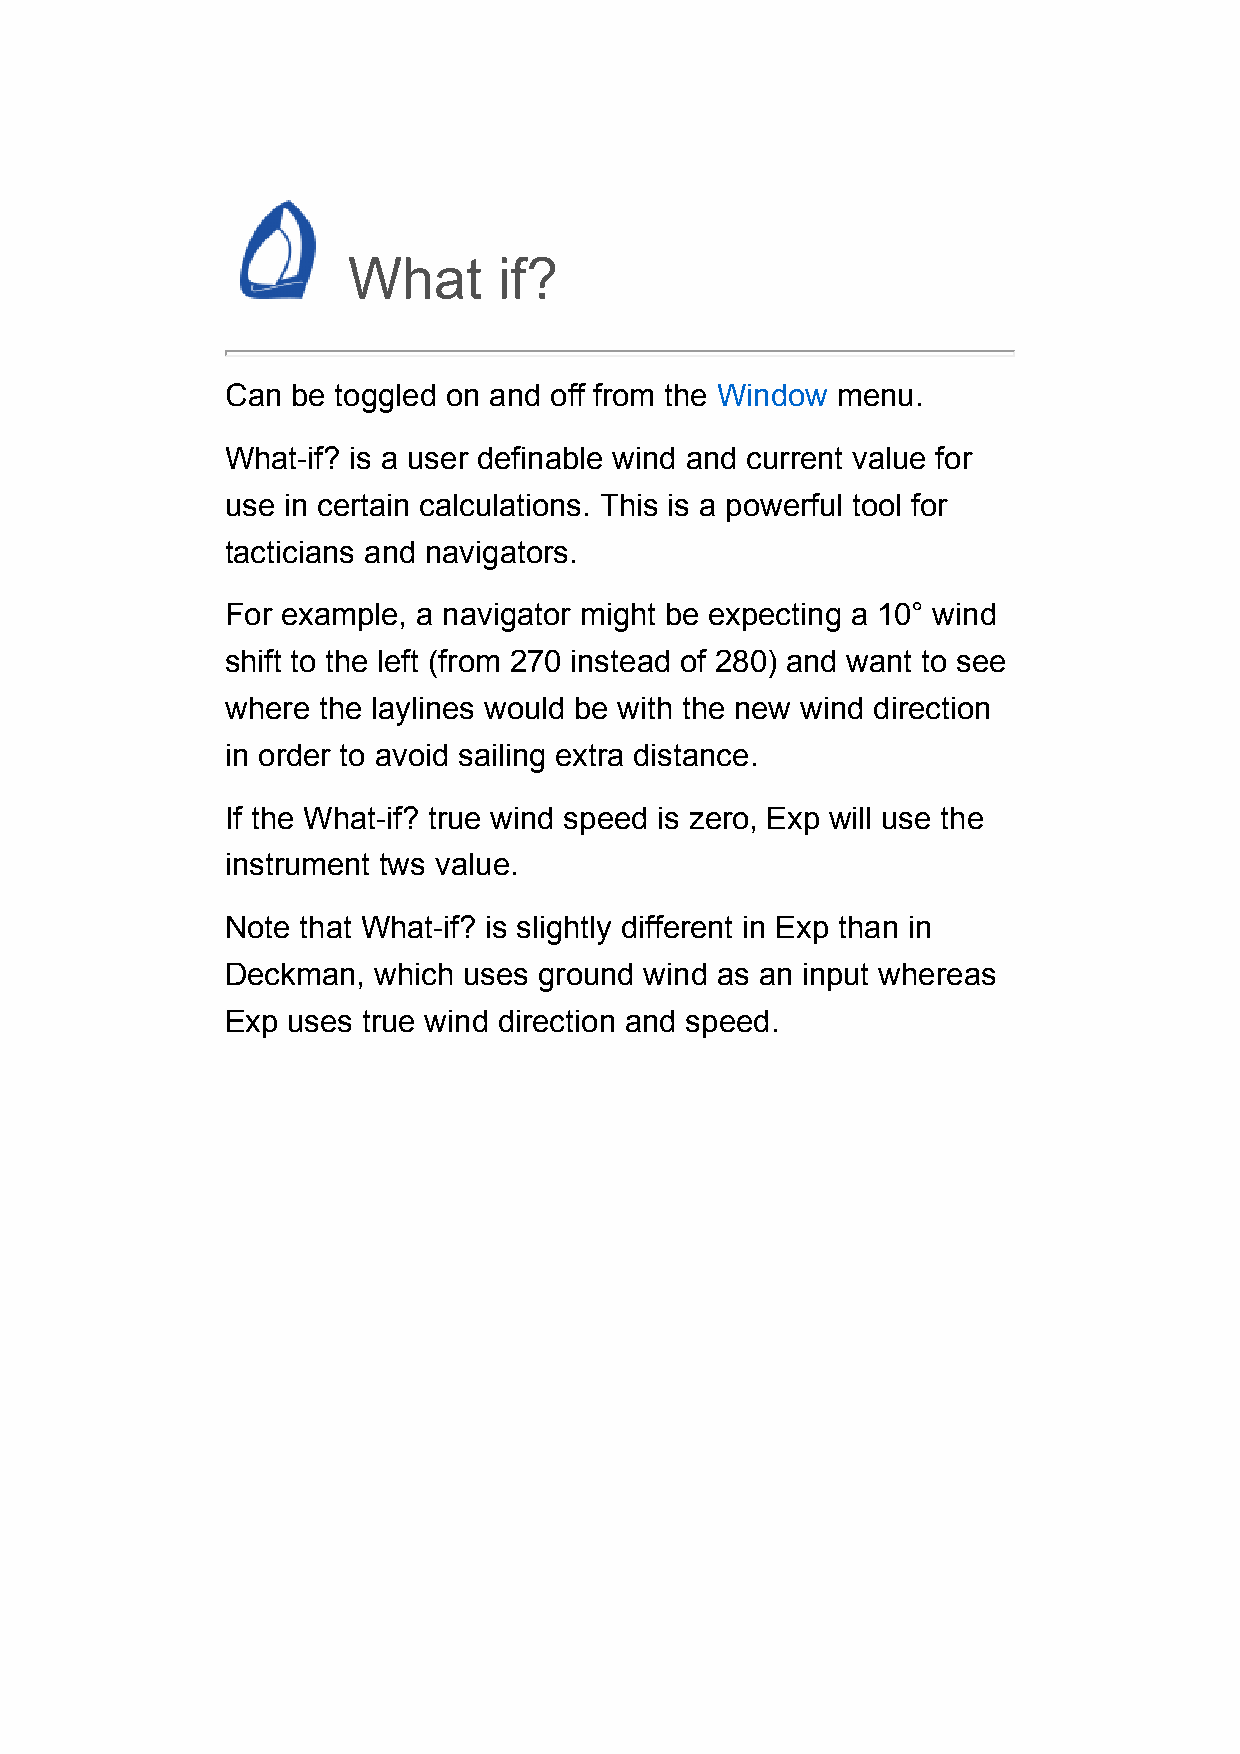
What      if?
 Can be toggled on and off from the Window menu.
 What-if? is a user definable wind and current value for
 use in certain calculations. This is a powerful tool for
 tacticians and navigators.
 For example, a navigator might be expecting a 10° wind
 shift to the left (from 270 instead of 280) and want to see
 where the laylines would be with the new wind direction
 in order to avoid sailing extra distance.
 If the What-if? true wind speed is zero, Exp will use the
 instrument tws value.
 Note that What-if? is slightly different in Exp than in
 Deckman,  which uses ground wind as an input whereas
 Exp uses true wind direction and speed.